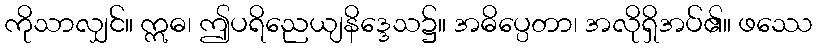
ကိုသာလျှင်။ ဣဓ၊ ဤပရိညေယျနိဒ္ဒေသ၌။ အဓိပ္ပေတာ၊ အလိုရှိအပ်၏။ ဖဿေ